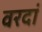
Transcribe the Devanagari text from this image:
वरदां